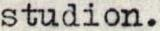
studion.